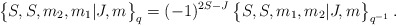
\begin{align*} \bigl\{ S,S,m_2,m_1 \vert J,m \bigr\}_q = (-1)^{2S-J} \, \bigl\{ S,S,m_1,m_2 \vert J,m \bigr\}_{q^{-1}} \,.\end{align*}